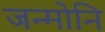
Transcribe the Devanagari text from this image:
जन्मोनि